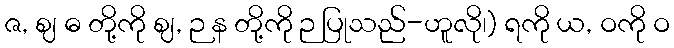
ဇ, ဈ ဓ တို့ကို ဈ, ဉန တို့ကို ဉ ပြုသည်-ဟူလို၊) ရကို ယ, ဝကို ဝ